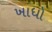
ખાધો